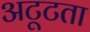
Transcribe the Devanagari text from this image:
अटूटता